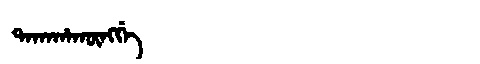
Manchu: ᡨᠠᡴᠠᡥᠠᡴᡡᠩᡤᡝ
Romanization: TAKAHAKŪNGGE